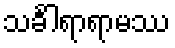
သင်္ခါရာရာမဿ